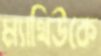
ম্যাথিউকে